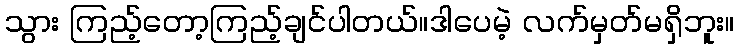
သွား ကြည့်တော့ကြည့်ချင်ပါတယ်။ဒါပေမဲ့ လက်မှတ်မရှိဘူး။